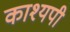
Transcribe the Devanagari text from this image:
काश्यपी